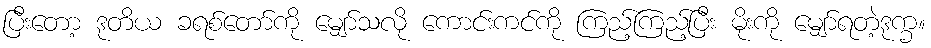
ပြီးတော့ ဒုတိယ ခရစ်တော်ကို မျှော်သလို ကောင်းကင်ကို ကြည့်ကြည့်ပြီး မိုးကို မျှော်ရတဲ့ဒုက္ခ။